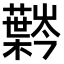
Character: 𫊍